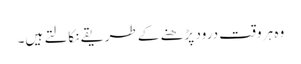
وہ ہر وقت درود پڑھنے کے طریقے نکالتے ہیں۔